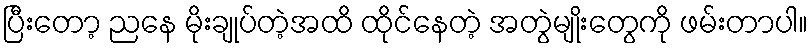
ပြီးတော့ ညနေ မိုးချုပ်တဲ့အထိ ထိုင်နေတဲ့ အတွဲမျိုးတွေကို ဖမ်းတာပါ။